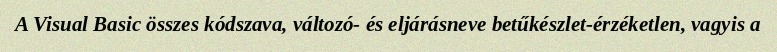
A Visual Basic összes kódszava, változó- és eljárásneve betűkészlet-érzéketlen, vagyis a